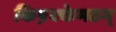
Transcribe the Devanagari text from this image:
किष़क्केमठम्